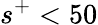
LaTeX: s^{+}<50